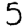
Digit: 5